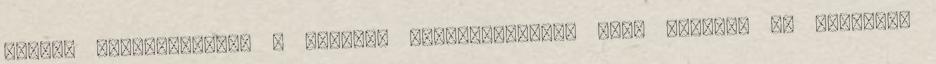
emberi fogyasztásra. A szovjet utódállamokból több helyről is érkeztek